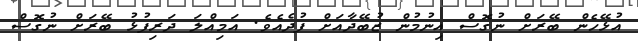
އުޅޭހެން ބޭރަށް ނުގޮސް އިނުމުން ޒުބޭދާއަށް ފުދެއެވެ. އަމިއްލަ ދަރިފުޅު ބޭރަށް ނުގޮސް